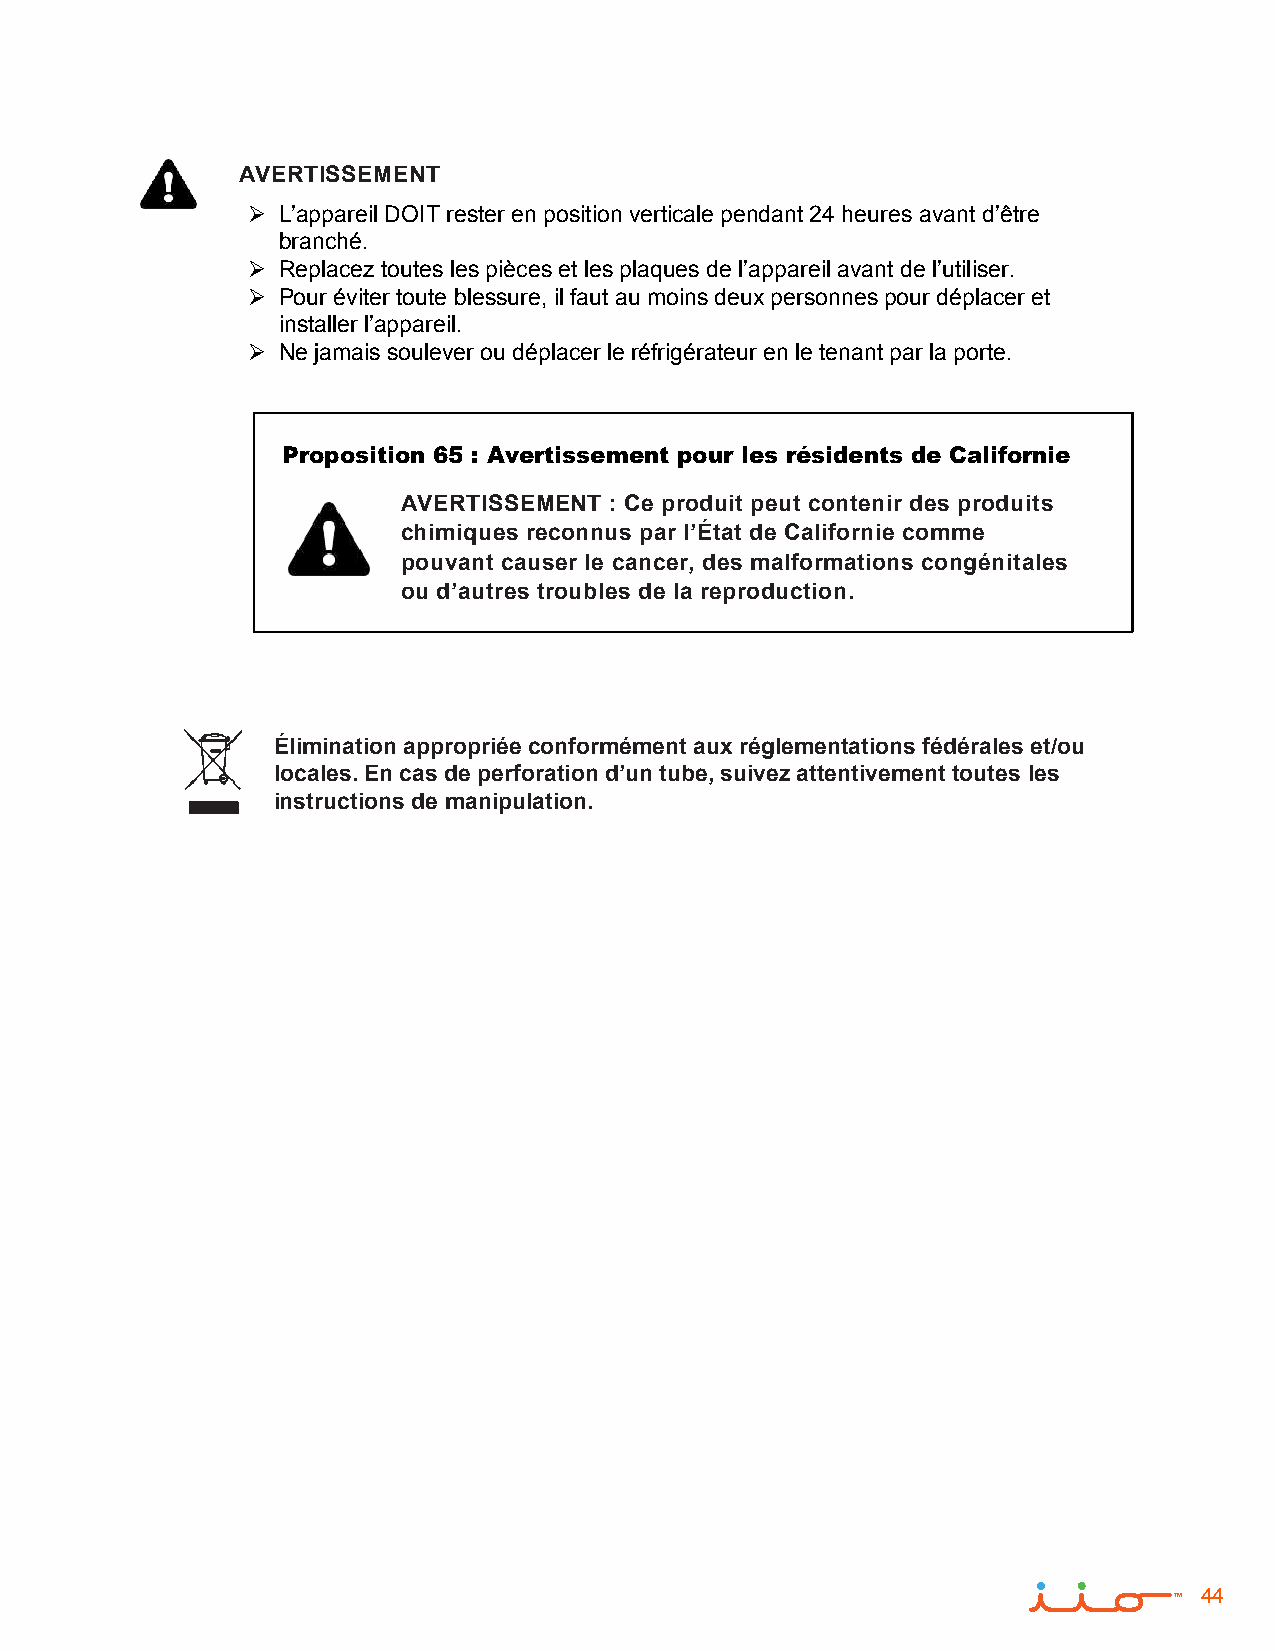
AVERTISSEMENT
  L’appareil DOIT rester en position verticale pendant 24 heures avant d’être
 branché.
  Replacez toutes les pièces et les plaques de l’appareil avant de l’utiliser.
  Pour éviter toute blessure, il faut au moins deux personnes pour déplacer et
 installer l’appareil.
  Ne jamais soulever ou déplacer le réfrigérateur en le tenant par la porte.
 Proposition 65 : Avertissement pour les résidents de Californie
 AVERTISSEMENT : Ce produit peut contenir des produits
 chimiques reconnus par l’État de Californie comme
 pouvant causer le cancer, des malformations congénitales
 ou d’autres troubles de la reproduction.
 Élimination appropriée conformément aux réglementations fédérales et/ou
 locales. En cas de perforation d’un tube, suivez attentivement toutes les
 instructions de manipulation.
 44